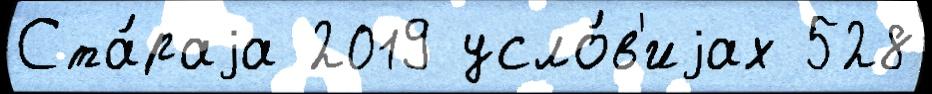
Ста́раjа 2019 усло́в'иjах 528